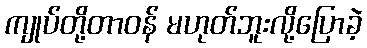
ကျုပ်တို့တာဝန် မဟုတ်ဘူးလို့ပြောခဲ့